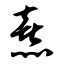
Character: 熹